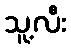
သူ့လီး